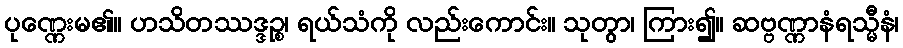
ပုဏ္ဏေးမ၏။ ဟသိတဿဒ္ဒဉ္စ၊ ရယ်သံကို လည်းကောင်း။ သုတွာ၊ ကြား၍။ ဆဗ္ဗဏ္ဏာနံရသ္မီနံ၊